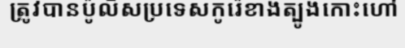
ត្រូវបានប៉ូលិសប្រទេសកូរ៉េខាងត្បូងកោះហៅ